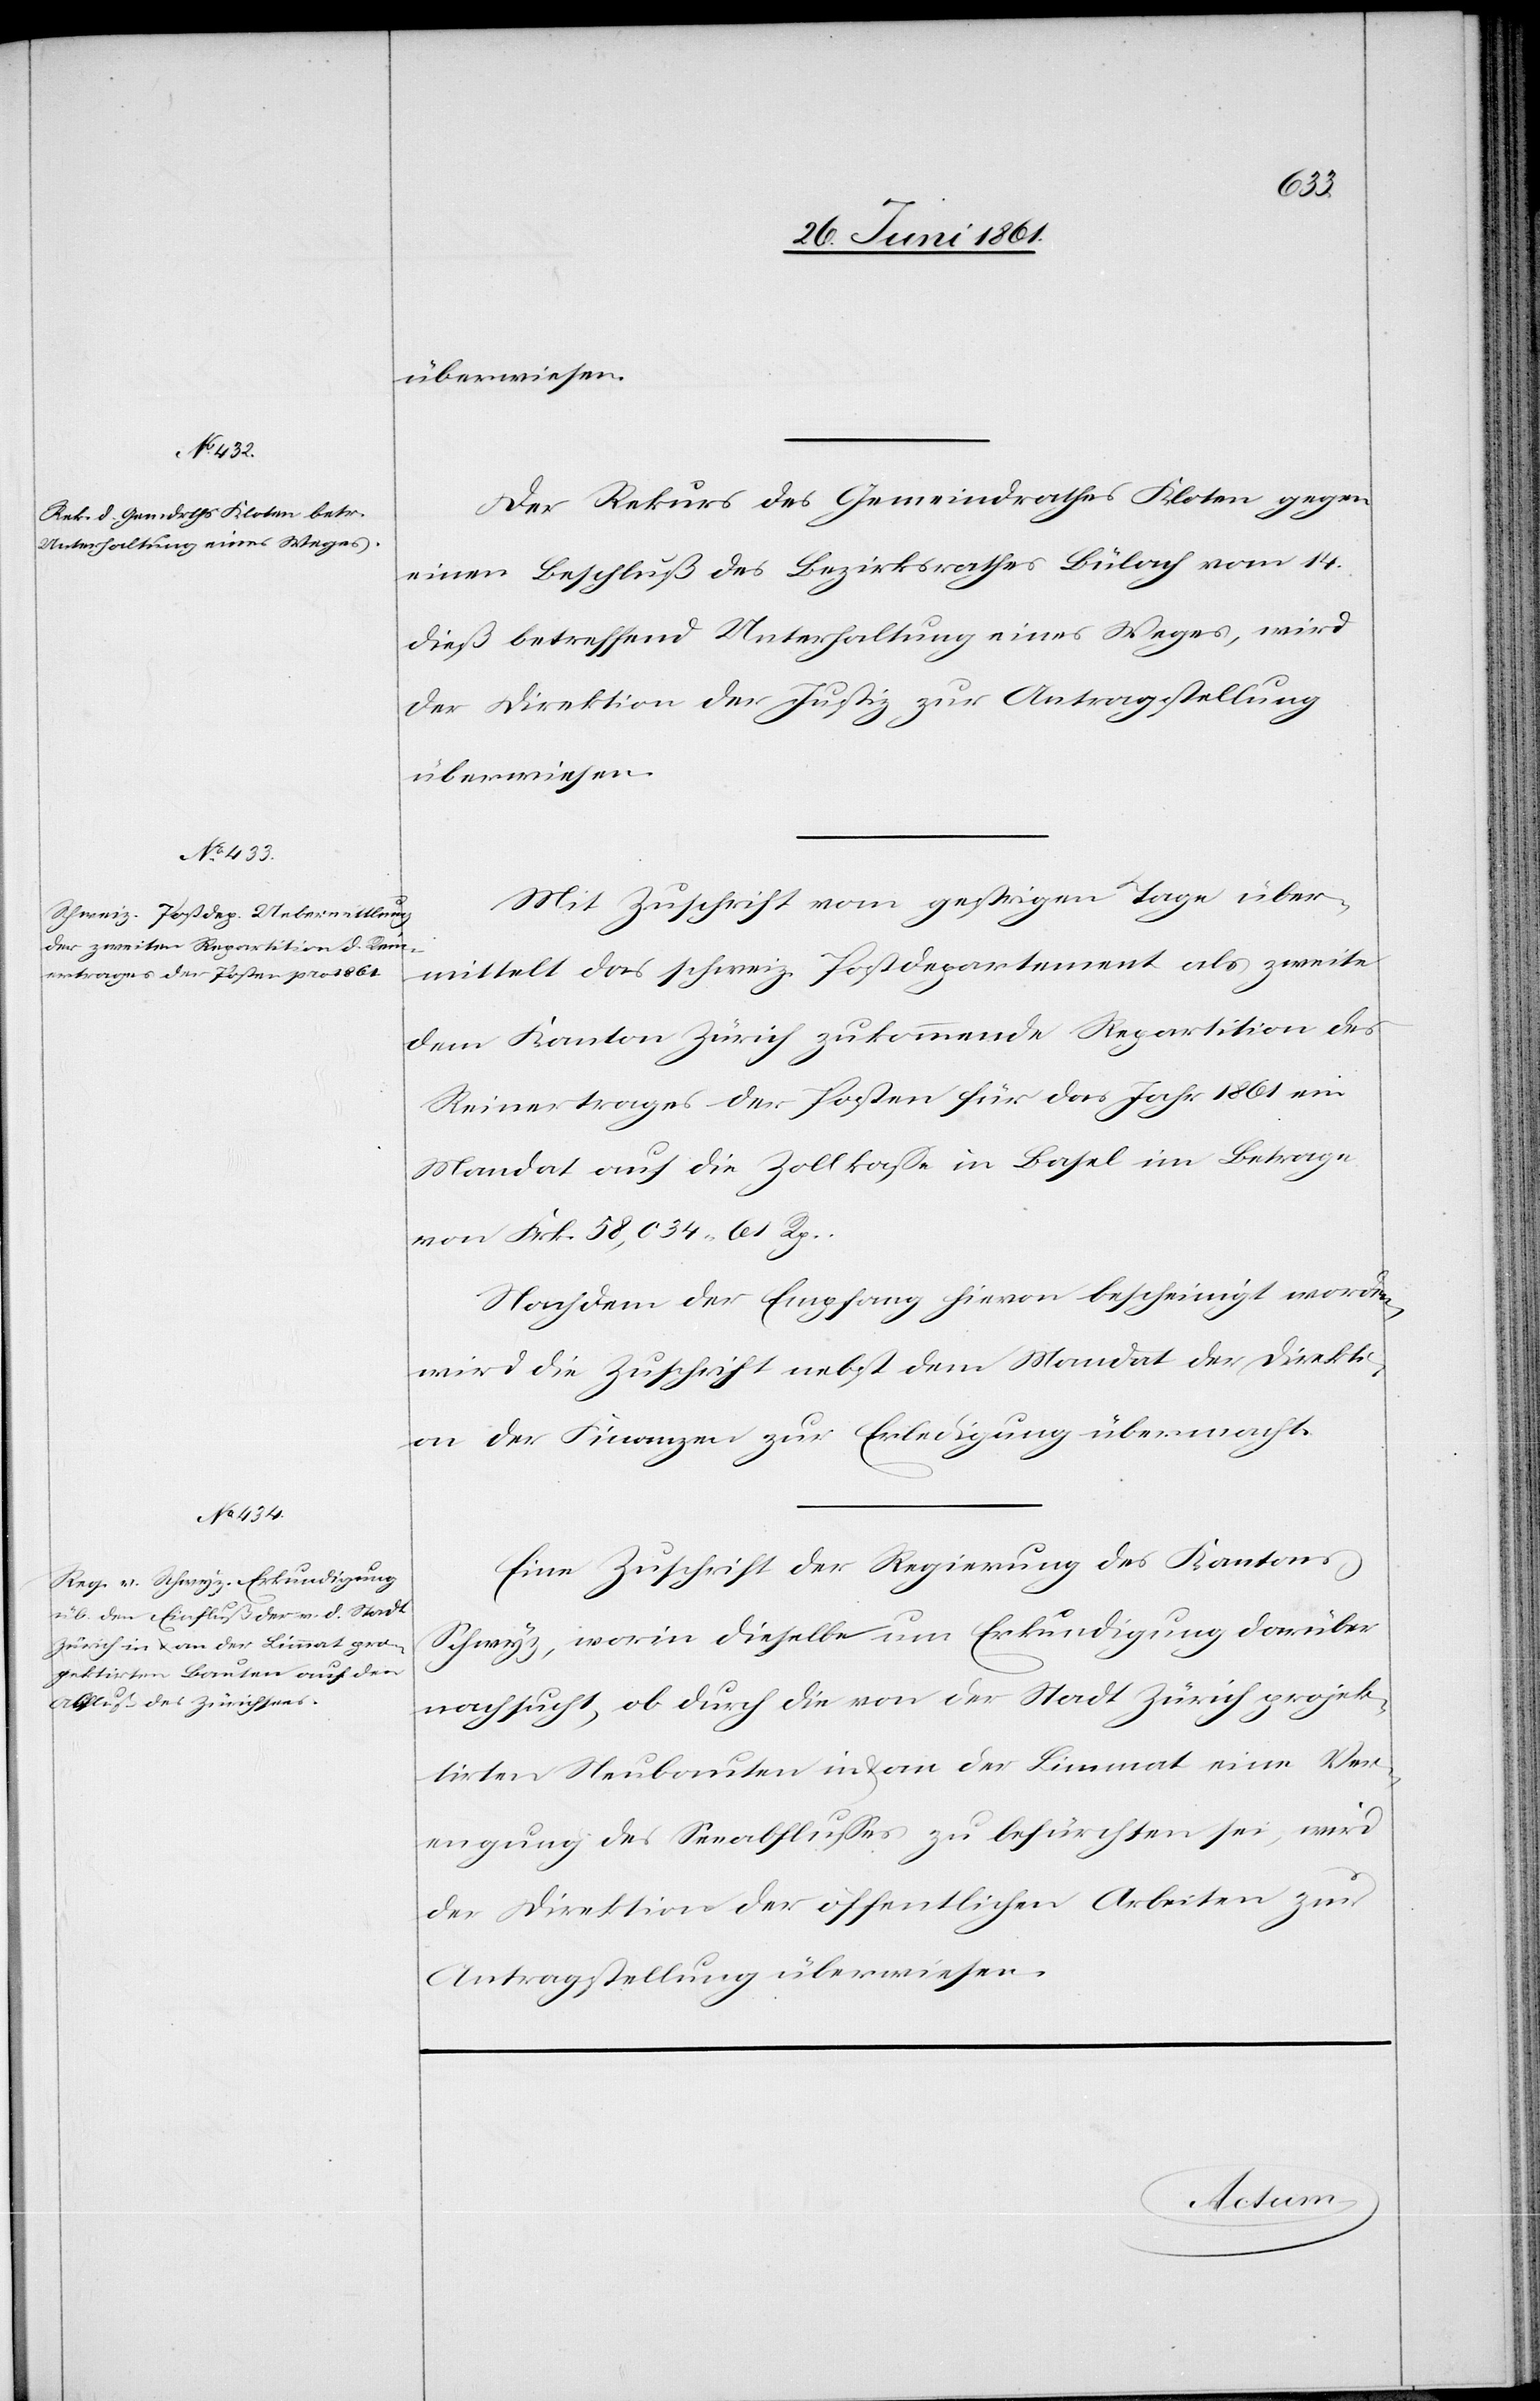
27. Juni 1861.]
überwiesen.
Der Rekurs des Gemeindrathes Kloten gegen
einen Beschluß des Bezirksrathes Bülach vom 14.
dieß betreffend Unterhaltung eines Weges, wird
der Direktion der Justiz zur Antragstellung
überwiesen.
Mit Zuschrift vom gestrigen Tage über¬
mittelt das schweiz. Postdepartement als zweite
dem Kanton Zürich zukommende Repartition des
Reinertrages der Posten für das Jahr 1861 ein
Mandat auf die Zollkasse in Basel im Betrage
von Frk. 58,034 61 Rp.
Nachdem der Empfang hievon bescheinigt worden,
wird die Zuschrift nebst dem Mandat der Direkti¬
on der Finanzen zur Erledigung übermacht.
Eine Zuschrift der Regierung des Kantons
Schwyz, worin dieselbe um Erkundigung darüber
nachsucht, ob durch die von der Stadt Zürich projek¬
tirten Neubauten in u. an der Limmat eine Ver¬
engung des Seeabflusses zu befürchten sei, wird
der Direktion der öffentlichen Arbeiten zur
Antragstellung überwiesen.
Actum